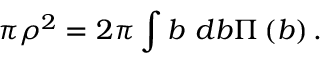
\pi \rho ^ { 2 } = 2 \pi \int b ~ d b \Pi \left( b \right) .